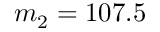
m _ { 2 } = 1 0 7 . 5